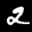
Label: 2